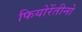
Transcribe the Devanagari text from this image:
फियोरेंतीनो